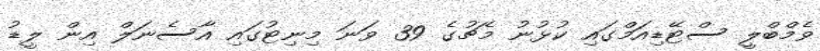
ވެމްބްލީ ސްޓޭޑިއަމްގައި ކުޅުނު މެޗުގެ 39 ވަނަ މިނިޓުގައި އާސެނަލް އިން ލީޑު